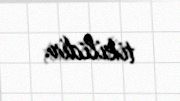
tikilidir.